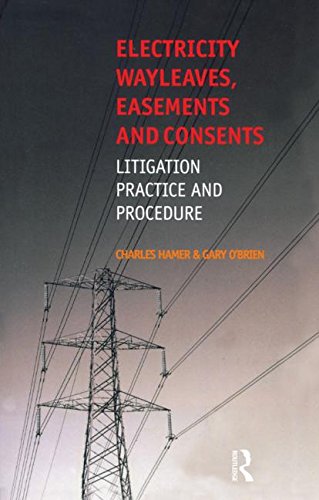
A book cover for Electricity Wayleaves, Easements and Consents; Charles Hamer; Law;